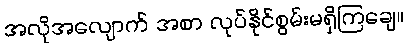
အလိုအလျောက် အစာ လုပ်နိုင်စွမ်းမရှိကြချေ။